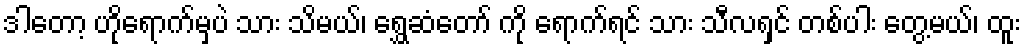
ဒါတော့ ဟိုရောက်မှပဲ သား သိမယ်၊ ရွှေဆံတော် ကို ရောက်ရင် သား သီလရှင် တစ်ပါး တွေ့မယ်၊ ထူး